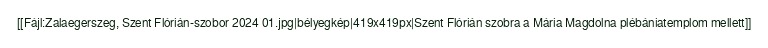
[[Fájl:Zalaegerszeg, Szent Flórián-szobor 2024 01.jpg|bélyegkép|419x419px|Szent Flórián szobra a Mária Magdolna plébániatemplom mellett]]